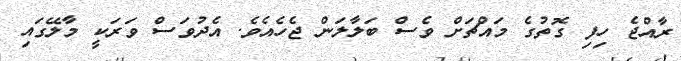
ރާއްޖެ ހިފި ގޮތުގެ މައްޗަށް ވެސް ބަލާލަން ޖެހެއެވެ. އެދުވަސް ވަރަކީ މާލޭގައި